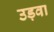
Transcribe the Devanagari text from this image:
उड़वा